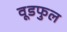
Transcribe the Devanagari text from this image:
वूडफुल